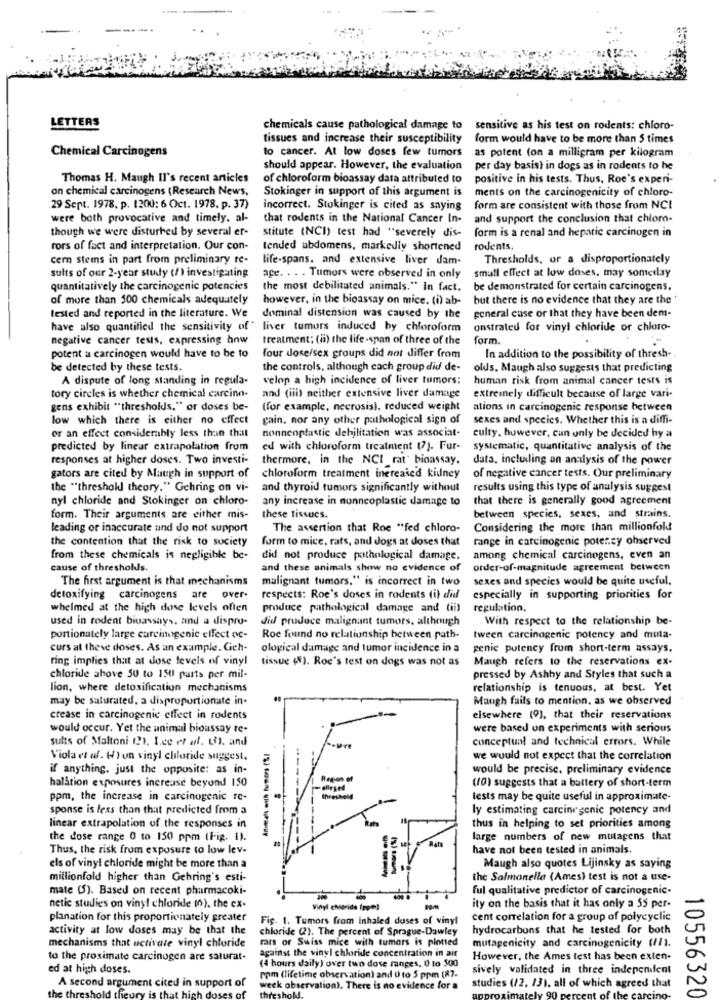
LETTERS
chemicals cause pathological damage to
sensitive as his test on rodents: chloro-
tissues and increase their susceptibility
form would have to be more than 5 times
Chemical Carcinogens
to cancer. At low doses few tumors as potent (on a milligram per kilogram
should appear. However, the evaluation
per day basis) in dogs as in rodents to he
Thomas H. Maugh II's recent articles
of chloroform bioassay data attributed to
positive in his tests. Thus, Roe's experi-
on chemical carcinogens (Research News,
Stokinger in support of this argument is
ments on the carcinogenicity of chloro-
29 Sept. 1978. p. (200: 6 Oct. 1978. p. 37)
incorrect. Stokinger is cited as saying
form are consistent with those from NCI
were both provocative and timely. al-
that rodents in the National Cancer In-
and support the conclusion that chloro-
though we were disturbed by several er-
stitute (NCI) test had "severely dis-
form is a renal and hepatic carcinogen in
rors of fact and interpretation. Our con-
tended abdomens, markedly shortened
rodents,
cern stems in part from preliminary re-
life-spans. and extensive liver dam-
Thresholds, or a disproportionately
sults of our 2-year study (/) investigating
age. . . . Tumors were observed in only
small effect at low doses, may someday
quantitatively the carcinogenic potencies
the most debilitated animals." In fact.
be demonstrated for certain carcinogens,
of more than 500 chemicals adequately
however, in the bioassay on mice. (i) ab-
but there is no evidence that they are the '
tested and reported in the literature. We
dominal distension was caused by the
general case or that they have been dem-
have also quantified the sensitivity of"
liver tumors induced by chloroform
onstrated for vinyl chloride or chloro-
negative cancer tesis, expressing how
treatment; (ii) the life-span of three of the
form
potent a carcinogen would have to be to
four dose/sex groups did not differ from
In addition to the possibility of thresh-
be detected by these tests.
the controls, although each group did de-
ofds. Maugh also suggests that predicting
A dispute of long standing in regula-
velop a high incidence of liver tumors:
human risk from animal cancer tests is
tory circles is whether chemical carcino-
and (iii) neither extensive liver damage
extremely difficult because of large vari-
gens exhibit ** thresholds." or doses be-
(for example, necrosis), reduced weight
ations in carcinogenic response between
low which there is either no effect
gain, nor any other pathological sign of
sexes and species. Whether this is a diffi-
nonnenplastic debilitation was associat-
or an effect considerably less than that
culty, however, can only be decided hy a
predicted by linear extrapolation from
ed with chloroform treatment (7). Fur-
systematic, quantitative analysis of the
responses at higher doses. Two investi-
thermore, in the NCI rat' bioassay.
data, including an analysis of the power
gators are cited by Maugh in support of
chloroform treatment increased kidney
of negative cancer tests. Our preliminary
the "threshold theory." Gehring on vi-
and thyroid tumors significantly without
results using this type of analysis suggest
nyl chloride and Stokinger on chloro-
any increase in nonneoplastic damage to
that there is generally good agreement
form. Their arguments are either mis-
these tissues.
between species, sexes, and strains.
leading or inaccurate and do not support
The assertion that Roe "fed chloro-
Considering the more than millionfold
the contention that the risk to society
form to mice, rats, and dogs at doses that range in carcinogenic potency ohserved
from these chemicals is negligible be-
did not produce pathological damage. among chemical carcinogens, even an
cause of thresholds.
and these animals show no evidence of
order-of-magnitude agreement between
The first argument is that mechanisms
malignant tumors." is incorrect in two
sexes and species would be quite useful.
detoxifying carcinogens are over-
respects: Roe's doses in rodents (i) did
especially in supporting priorities for
whelmed at the high dose levels often
produce pathological damage and (ii)
regulation.
used in rodent biuassays, and a dispro-
did produce malignant tumors, although
With respect to the relationship be-
portionately large carcinogenic effect oc-
Roc found no relationship between path-
tween carcinogenic potency and muta-
curs at theve doses. As an example. Geh-
ological damage and tumor incidence in a
genie potency frum short-term assays.
ring implies that at dose levels of vinyl
tissue (8). Roc's test on dogs was not as
Maugh refers to the reservations ex-
chloride above 50 to 150 parts per mil-
pressed by Ashby and Styles that such a
lion, where detoxification mechanisms
relationship is tenuous, at best. Yet
may be saturated. a disproportionate in-
Maugh fails to mention. as we observed
crease in carcinogenic effect in rodents
elsewhere (9), that their reservations
would occur. Yet the animal bioassay re-
were based un experiments with serious
sults of Maltoni (2). L.ce et al. (3). and
conceptual and technical errors. While
Viola et al. ( ) un vinyl chloride suggest.
we would not expect that the correlation
if anything. just the opposite: as in-
would be precise, preliminary evidence
halation exposures increase beyond 150
(10) suggests that a battery of short-term
ppm, the increase in carcinogenic re-
tests may be quite useful in approximate-
sponse is less than that predicted from a
ly estimating carcinrgenic potency and
linear extrapolation of the responses in
thus in helping to set priorities among
the dose range 0 to 150 ppm (Fig. I).
large numbers of new mutagens that
Thus, the risk from exposure to low lev-
have not been tested in animals.
els of vinyl chloride might be more than a
Maugh also quotes Lijinsky as saying
millionfold higher than Gehring's esti-
the Salmonella (Ames) test is not a use-
mate (5). Based on recent pharmacoki-
ful qualitative predictor of carcinogenic-
netic studies on vinyl chloride (o). the ex-
Vinyl chloride fogiel
ity on the basis that it has only a 55 per-
planation for this proportionately greater
Fig. 1. Tumors from inhaled doses of vinyl
cent correlation for a group of polycyclic
activity at low doses may be that the
chloride (2). The percent of Sprague-Dawley
hydrocarbons that he tested for both
mechanisms that activate vinyl chloride
rats of Swiss mice with tumors is plotted
mutagenicity and carcinogenicity (11).
against the vinyl chloride concentration in ait
to the proximate carcinogen are saturat-
(4 hours daily) over two dose ranges, 0 to 500
However, the Ames test has been exten-
ed at high doses.
sively validated in three independent
A second argument cited in support of
rom (lifetime observation) and Uto 5 ppm (87.
he threshold theu
reck observation). There is no evidence for a
studies (/2. 13). all of which agreed that
is that
10556320